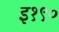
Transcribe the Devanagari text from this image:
इ१९०